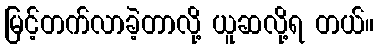
မြင့်တက်လာခဲ့တာလို့ ယူဆလို့ရ တယ်။